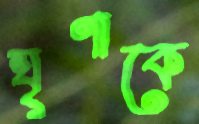
ঘৃণাকে